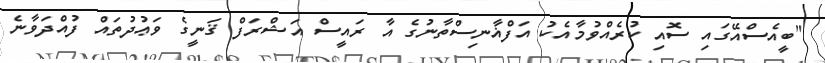
"ބީއެސްއޭގައި ސޮއި ކުރެއްވުމާއެކު އަފްޣާނިސްތާނުގެ އާ ރައީސް އަޝްރަފް ޤަނީގެ ވަޢުދުތައް ފުއްދަވާނެ